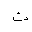
Letter: _tha